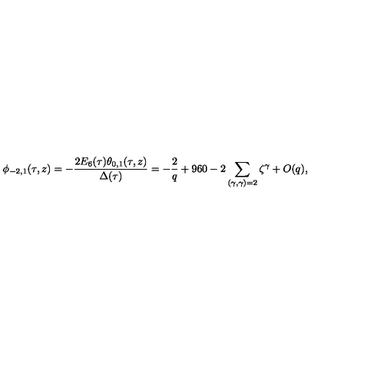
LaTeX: \phi _ { - 2 , 1 } ( \tau , z ) = - \frac { 2 E _ { 6 } ( \tau ) \theta _ { 0 , 1 } ( \tau , z ) } { \Delta ( \tau ) } = - \frac { 2 } { q } + 9 6 0 - 2 \sum _ { ( \gamma , \gamma ) = 2 } \zeta ^ { \gamma } + O ( q ) ,